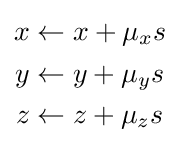
{\begin{aligned}x&\leftarrow x+\mu _{x}s\\y&\leftarrow y+\mu _{y}s\\z&\leftarrow z+\mu _{z}s\end{aligned}}